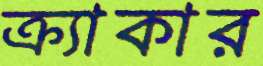
ক্র্যাকার